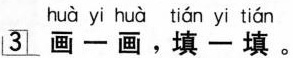
huà yi huà tián yi tián